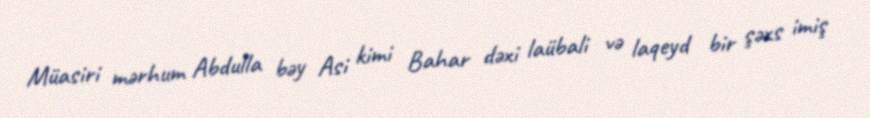
Müasiri mərhum Abdulla bəy Asi kimi Bahar dəxi laübali və laqeyd bir şəxs imiş